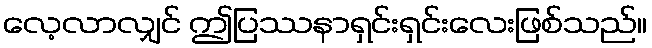
လေ့လာလျှင် ဤပြဿနာရှင်းရှင်းလေးဖြစ်သည်။